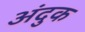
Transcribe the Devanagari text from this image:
अंदुक